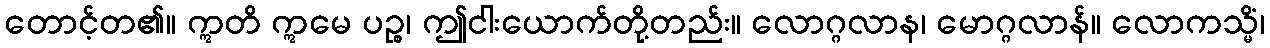
တောင့်တ၏။ ဣတိ ဣမေ ပဉ္စ၊ ဤငါးယောက်တို့တည်း။ လောဂ္ဂလာန၊ မောဂ္ဂလာန်။ လောကသ္မိံ၊